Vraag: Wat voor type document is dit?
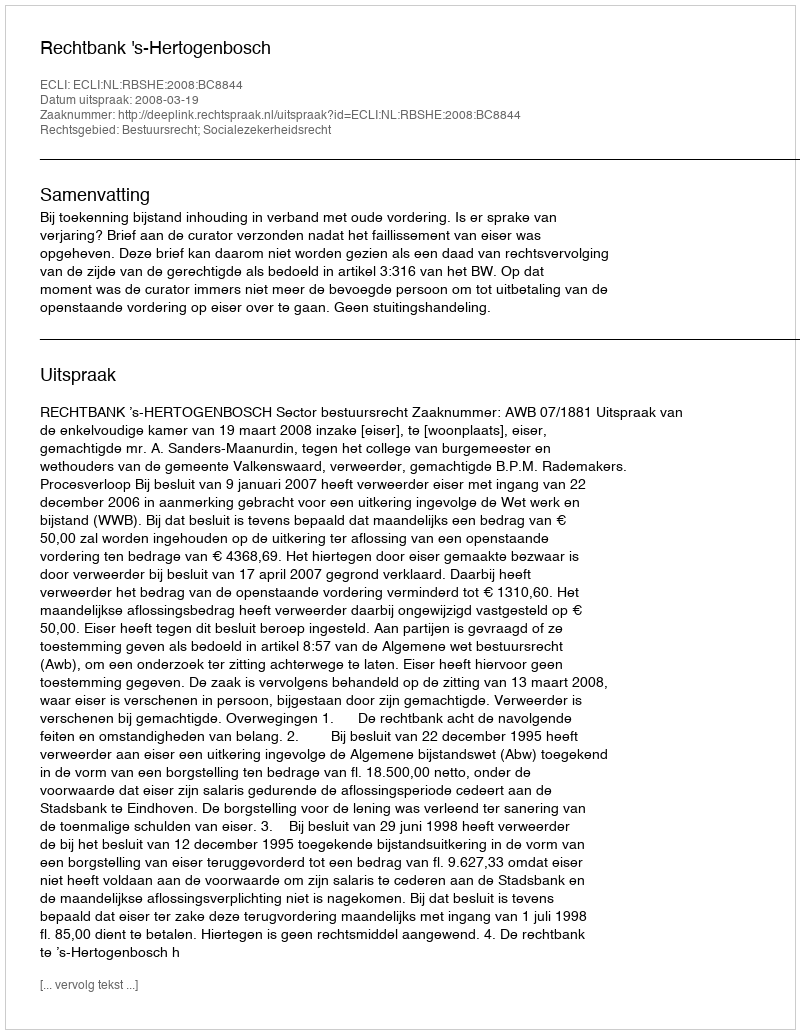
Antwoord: Uitspraak